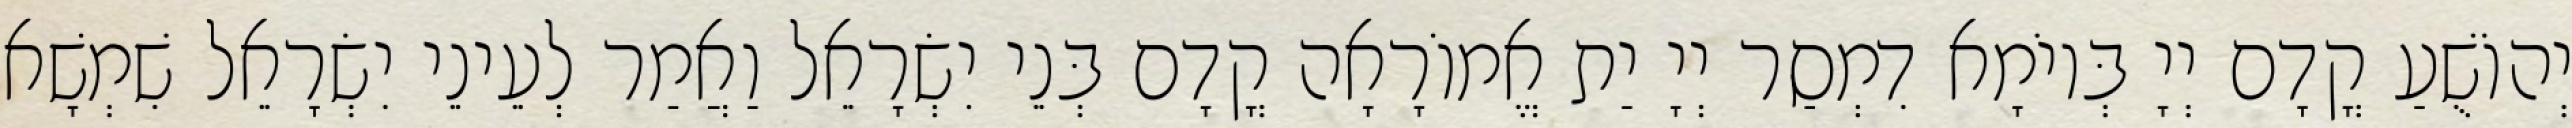
יְהוֹשֻׁעַ קֳדָם יְיָ בְּיוֹמָא דִמְסַר יְיָ יַת אֱמוֹרָאָה קֳדָם בְּנֵי יִשְׂרָאֵל וַאֲמַר לְעֵינֵי יִשְׂרָאֵל שִׁמְשָׁא